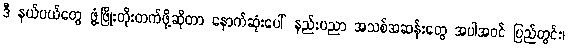
ဒီ နယ်ပယ်တွေ ဖွံ့ဖြိုးတိုးတက်ဖို့ဆိုတာ နောက်ဆုံးပေါ် နည်းပညာ အသစ်အဆန်းတွေ အပါအဝင် ပြည်တွင်း၊